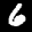
Label: 6